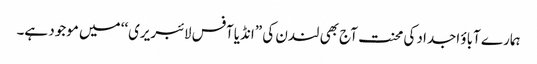
ہمارے آباؤ اجداد کی محنت آج بھی لندن کی ”انڈیا آفس لائبریری‘‘ میں موجود ہے۔